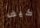
كيف